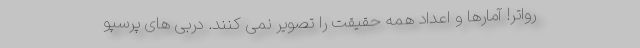
رواتر! آمارها و اعداد همه حقیقت را تصویر نمی کنند. دربی های پرسپو